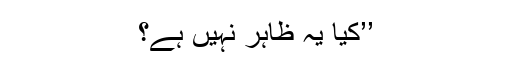
’’کیا یہ ظاہر نہیں ہے؟